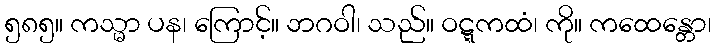
၅၈၅။ ကသ္မာ ပန၊ ကြောင့်။ ဘဂဝါ၊ သည်။ ဝဋ္ဋကထံ၊ ကို။ ကထေန္တော၊